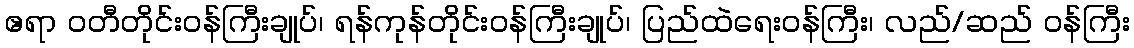
ဧရာ ဝတီတိုင်းဝန်ကြီးချုပ်၊ ရန်ကုန်တိုင်းဝန်ကြီးချုပ်၊ ပြည်ထဲရေးဝန်ကြီး၊ လည်/ဆည် ဝန်ကြီး